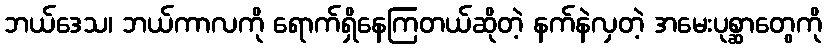
ဘယ်ဒေသ၊ ဘယ်ကာလကို ရောက်ရှိနေကြတယ်ဆိုတဲ့ နက်နဲလှတဲ့ အမေးပုစ္ဆာတွေကို